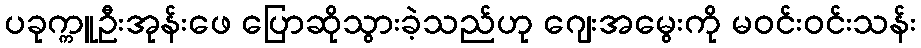
ပခုက္ကူဦးအုန်းဖေ ပြောဆိုသွားခဲ့သည်ဟု ဂျေးအမွေးကို မဝင်းဝင်းသန်း